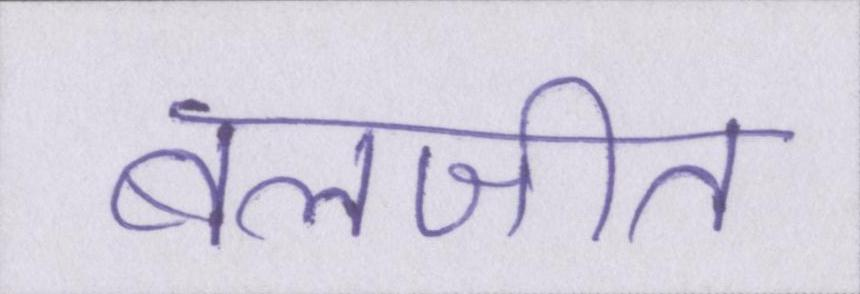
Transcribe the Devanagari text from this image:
बलजीत